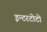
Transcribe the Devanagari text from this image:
इन्टरटोटो